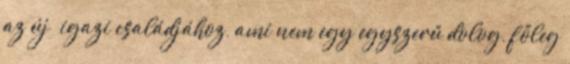
az új igazi családjához, ami nem egy egyszerű dolog, főleg